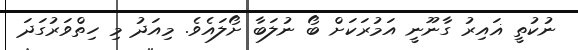
ނުކުތީ ޣައިރު ގާނޫނީ އަމުރަކަށް ބޯ ނުލަބާ ށޯލައެވެ. މިއަދު މި ހިތްވަރުގަދަ